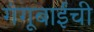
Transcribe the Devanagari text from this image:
गंगूबाईंची